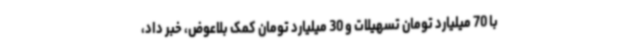
با 70 میلیارد تومان تسهیلات و 30 میلیارد تومان کمک بلاعوض، خبر داد،